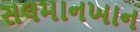
સલમાનખાન